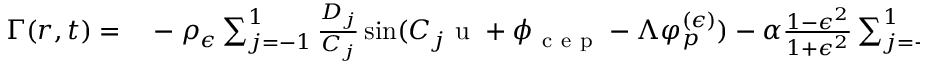
\begin{array} { r l } { \Gamma ( r , t ) = } & { { } - \rho _ { \epsilon } \sum _ { j = - 1 } ^ { 1 } \frac { D _ { j } } { C _ { j } } \sin ( C _ { j } \mathrm { ~ u ~ } + \phi _ { \mathrm { ~ c ~ e ~ p ~ } } - \Lambda \varphi _ { p } ^ { ( \epsilon ) } ) - \alpha \frac { 1 - \epsilon ^ { 2 } } { 1 + \epsilon ^ { 2 } } \sum _ { j = - 1 } ^ { 1 } \frac { D _ { j } ^ { 2 } } { 2 C _ { j } } \sin ( 2 C _ { j } \mathrm { ~ u ~ } + 2 \phi _ { \mathrm { ~ c ~ e ~ p ~ } } ) } \end{array}